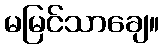
မမြင်သာချေ။